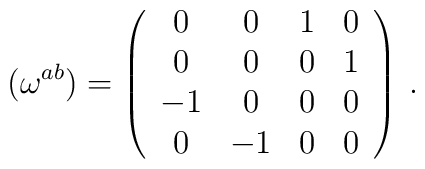
(\omega^{ab})=\left(\begin{array}{cccc}0&0&1&0\\0&0&0&1\\-1&0&0&0\\0&-1&0&0\\\end{array}\right)\,.